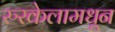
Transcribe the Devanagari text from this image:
रुरकेलामधून